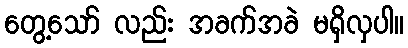
တွေ့သော် လည်း အခက်အခဲ မရှိလှပါ။